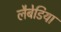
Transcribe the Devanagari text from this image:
लैबेडिया